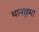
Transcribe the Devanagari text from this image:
थानछुमा